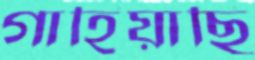
গাহিয়াছি